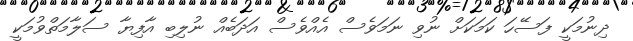
ދިނުމަކީ ފަސޭހަ ކަމަކަށް ނުވި ނަމަވެސް އެއްވެސް އަދަބެއް ނުލިބި އާފިޔާ ސަލާމަތްވުމަކީ